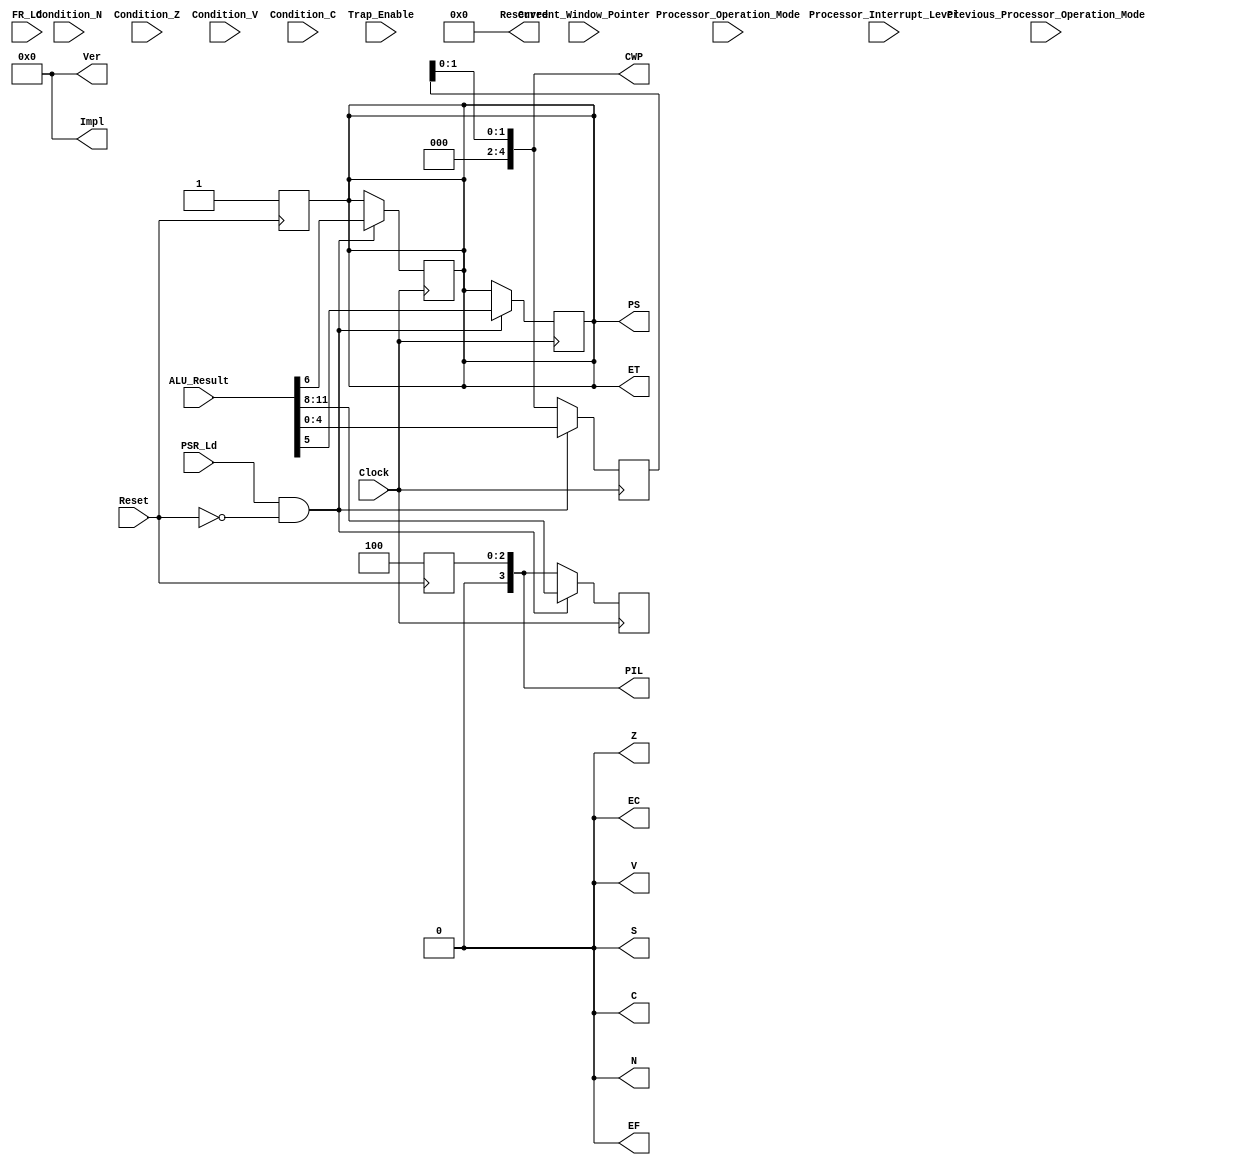
module Processor_State_Register (
								/* -------------------- Output -------------------- */
								output reg [3:0] Impl, 			// 31-28
								output reg [3:0] Ver, 			// 24-27
								output reg N, 					// 23
								output reg Z, 					// 22
								output reg V, 					// 21
								output reg C, 					// 20
								output reg [5:0] Reserved, 		// 19-14
								output reg EC, 					// 13
								output reg EF, 					// 12
								output reg [3:0] PIL, 			// 11-8
								output reg S, 					// 7
								output reg PS, 					// 6
								output reg ET, 					// 5
								output reg [4:0] CWP, 			// 4-0
								/* -------------------- Input -------------------- */
								input Condition_N,
								input Condition_Z,
								input Condition_V,
								input Condition_C,
								input [31:0] ALU_Result,
								input [3:0] Processor_Interrupt_Level,
								input Processor_Operation_Mode,
								input Previous_Processor_Operation_Mode,
								input Trap_Enable,
								input [4:0] Current_Window_Pointer,
								input FR_Ld,
								input PSR_Ld,
								input Clock,
								input Reset
								);
		
	/* Initial Reset state */
	initial
		begin
		Impl <= 4'd0;
		Ver <= 3'd0;
		N <= 1'b0;
		Z <= 1'b0;
		V <= 1'b0;
		C <= 1'b0;
		Reserved <= 6'd0;
		EC <= 1'b0;
		EF <= 1'b0;
		PIL <= 4'b0100;
		S <= 1'b0;
		PS <= 1'b1;
		ET <= 1;
		CWP <= 5'b00011;
		end
		
	/* Asynchronous Reset Signal */		
	always @ (posedge Reset)
		begin
		Impl <= 4'd0;
		Ver <= 3'd0;
		N <= 1'b0;
		Z <= 1'b0;
		V <= 1'b0;
		C <= 1'b0;
		Reserved <= 6'd0;
		EC <= 1'b0;
		EF <= 1'b0;
		PIL <= 4'b0100;
		S <= 1'b0;
		PS <= 1'b1;
		ET <= 1;
		CWP <= 5'b00011;
		end
		
	always @ (negedge Clock)
		begin
		if (PSR_Ld && !Reset)
			begin
			N <= ALU_Result[23];
			Z <= ALU_Result[22];
			V <= ALU_Result[21];
			C <= ALU_Result[20];
			PIL <= ALU_Result[11:8];
			S <= ALU_Result[7];
			PS <= ALU_Result[6];
			ET <= ALU_Result[5];
			CWP <= ALU_Result[4:0];
			/*
			N <= Condition_N;
			Z <= Condition_Z;
			V <= Condition_V;
			C <= Condition_C;
			PIL <= Processor_Interrupt_Level;
			S <= Processor_Operation_Mode;
			PS <= Previous_Processor_Operation_Mode;
			ET <= Trap_Enable;
			CWP <= Current_Window_Pointer;
			*/
			end
		if (FR_Ld)
			begin
			//$display("%t Altering condition codes!!!", $time);
			N <= Condition_N;
			Z <= Condition_Z;
			V <= Condition_V;
			C <= Condition_C;
			end
		end
endmodule